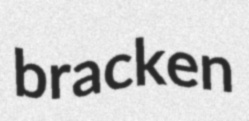
bracken